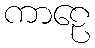
ကာဠေ